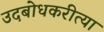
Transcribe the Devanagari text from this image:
उदबोधकरीत्या